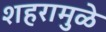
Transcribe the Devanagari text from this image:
शहरामुळे